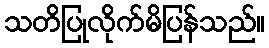
သတိပြုလိုက်မိပြန်သည်။